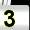
Digit: 3